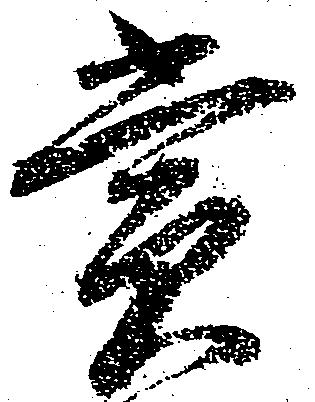
賞